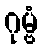
ဂုမ္ဗံ